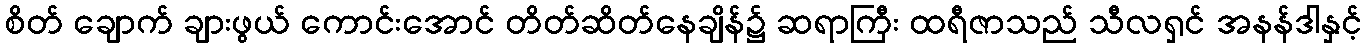
စိတ် ချောက် ချားဖွယ် ကောင်းအောင် တိတ်ဆိတ်နေချိန်၌ ဆရာကြီး ထရီဇာသည် သီလရှင် အနန်ဒါနှင့်